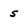
Character: 5